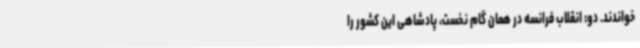
خواندند. دو: انقلاب فرانسه در همان گام نخست، پادشاهی این کشور را